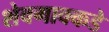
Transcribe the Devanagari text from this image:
शेवगावकडे